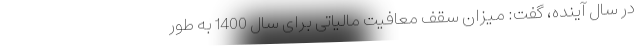
در سال آینده، گفت: میزان سقف معافیت مالیاتی برای سال 1400 به طور